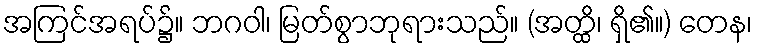
အကြင်အရပ်၌။ ဘဂဝါ၊ မြတ်စွာဘုရားသည်။ (အတ္ထိ၊ ရှိ၏။) တေန၊